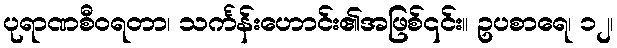
ပုရာဏစီဝရတာ၊ သင်္ကန်းဟောင်း၏အဖြစ်၎င်း။ ဥပစာရေ၊ ၁၂၊